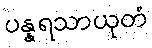
ပန္နရသာယုတံ